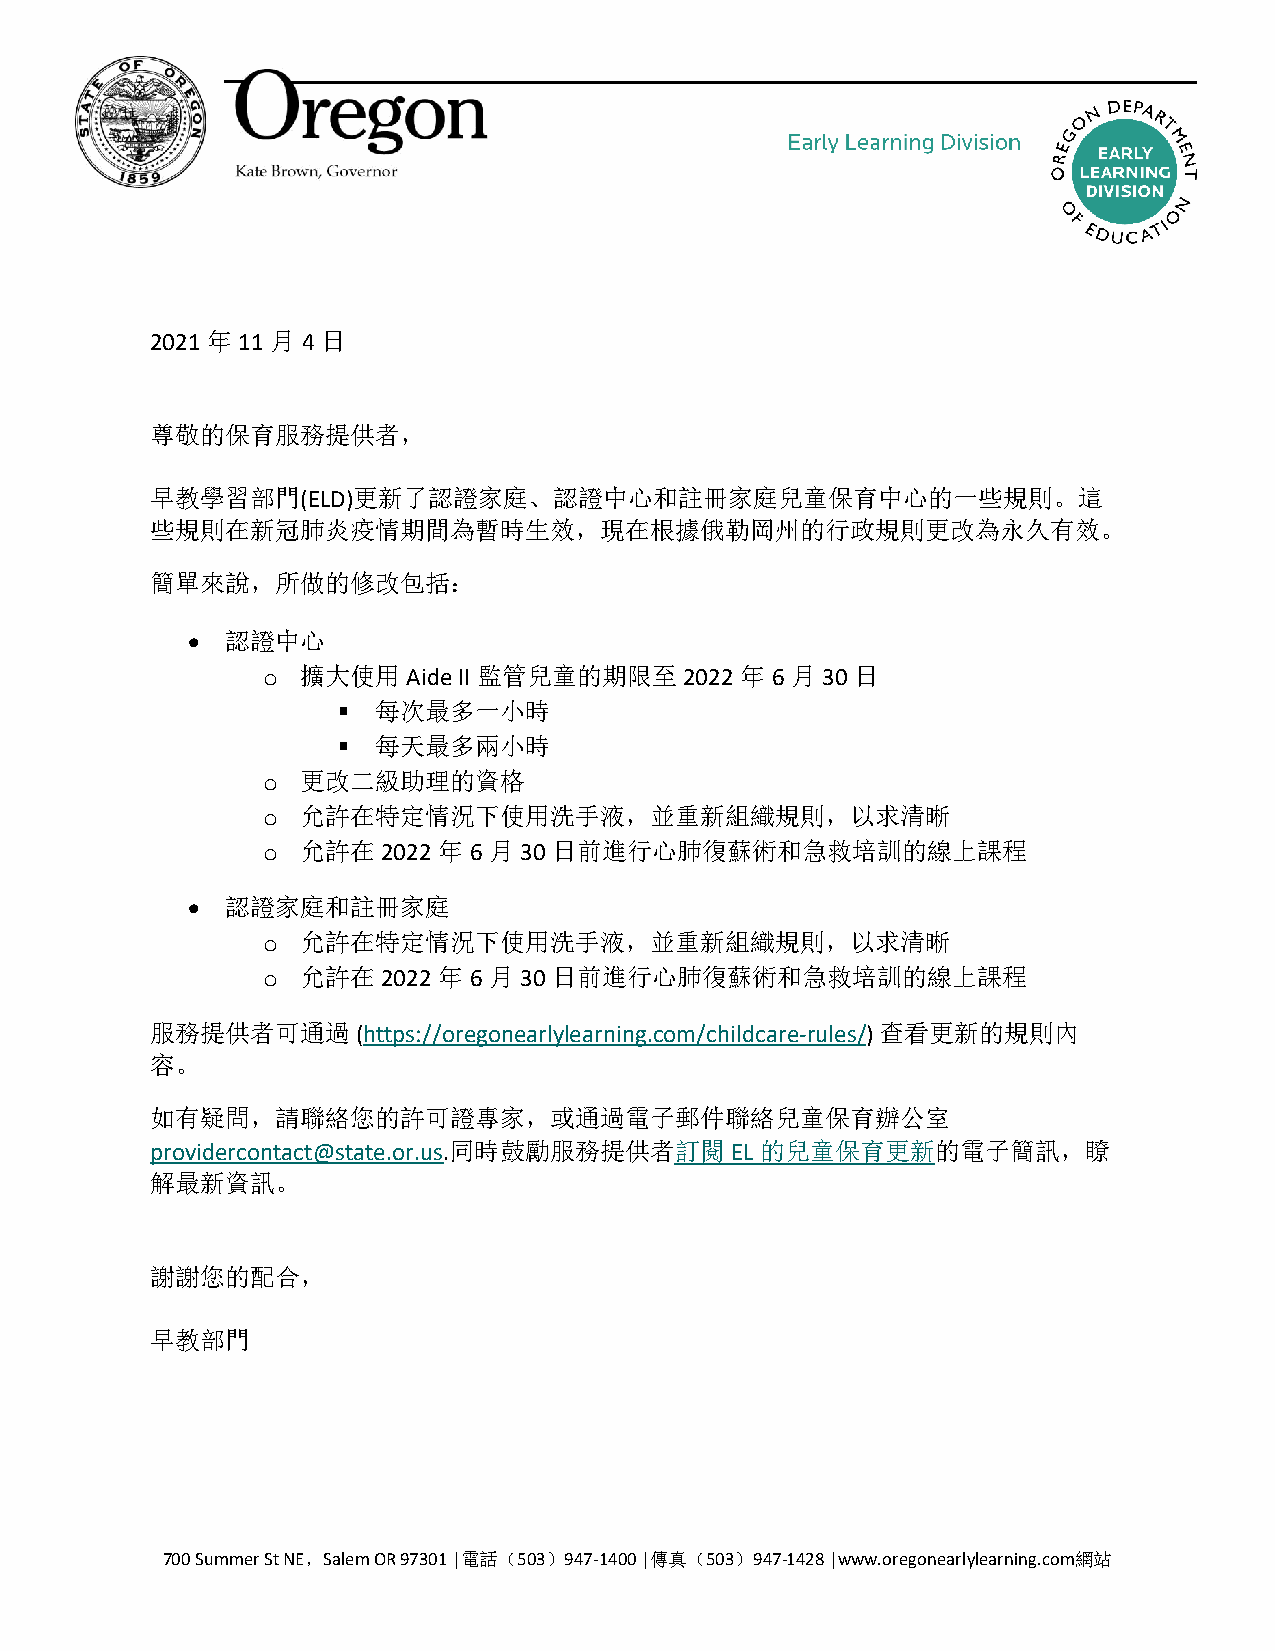
2021 年 11 月4 日
 尊敬的保育服務提供者，
 早教學習部門(ELD)更新了認證家庭、認證中心和註冊家庭兒童保育中心的一些規則。這
 些規則在新冠肺炎疫情期間為暫時生效，現在根據俄勒岡州的行政規則更改為永久有效。
 簡單來說，所做的修改包括：
   認證中心
 o  擴大使用Aide  II 監管兒童的期限至    2022 年 6 月30 日
   每次最多一小時
   每天最多兩小時
 o  更改二級助理的資格
 o  允許在特定情況下使用洗手液，並重新組織規則，以求清晰
 o  允許在2022  年6 月30  日前進行心肺復蘇術和急救培訓的線上課程
   認證家庭和註冊家庭
 o  允許在特定情況下使用洗手液，並重新組織規則，以求清晰
 o  允許在2022  年6 月30  日前進行心肺復蘇術和急救培訓的線上課程
 服務提供者可通過      (https://oregonearlylearning.com/childcare-rules/) 查看更新的規則內
 容。
 如有疑問，請聯絡您的許可證專家，或通過電子郵件聯絡兒童保育辦公室
 providercontact@state.or.us.同時鼓勵服務提供者訂閱 EL 的兒童保育更新的電子簡訊，瞭
 解最新資訊。
 謝謝您的配合，
 早教部門
 700 Summer St NE，Salem OR 97301 |電話（503）947-1400 |傳真（503）947-1428 |www.oregonearlylearning.com網站